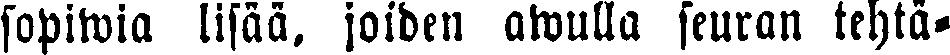
sopiwia lisää, joiden awulla seuran tehtä-